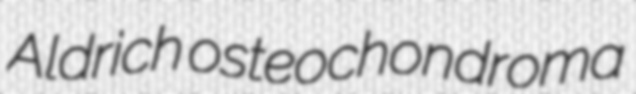
Aldrich osteochondroma